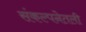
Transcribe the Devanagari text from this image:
संकल्पनेतली